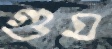
গুম